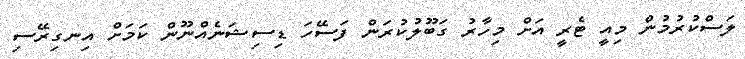
ލަސްކުރުމުން މިއީ ޓެރީ އަށް މިހާރު ގަބޫލުކުރަން ފަސޭހަ ޑިސިޝަނެއްނޫން ކަމަށް އިނގިރޭސި